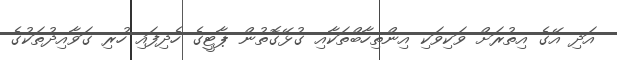
އަދި އޭގެ އިތުރަށް ވަކިވަކި އިންތިހާބްތަކާއި ގުޅޭގޮތުން ޕާޓީގެ ހެދިފައި ހުރި ގަވާއިދުތަކުގެ